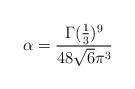
LaTeX: \begin{align*}\alpha=\frac{\Gamma(\frac{1}{3})^{9}}{48\sqrt{6} \pi^{3}}\end{align*}